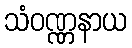
သံဝဏ္ဏနာယ